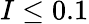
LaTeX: I\leq 0.1